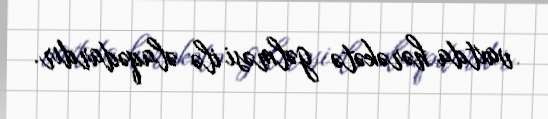
vaxtda hərəkətə gəlməsi ilə əlaqədardır.